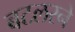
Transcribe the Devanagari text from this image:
बटलरने